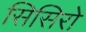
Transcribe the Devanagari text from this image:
सिसिरो